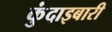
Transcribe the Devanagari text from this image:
कुंदाइबारी